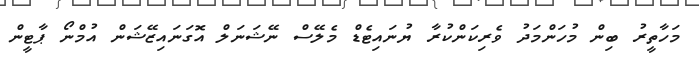
މަހާތީރު ބިން މުހަންމަދު ވެރިކަންކުރާ ޔުނައިޓެޑް މެލޭސް ނޭޝަނަލް އޮގަނައިޒޭޝަން އުމްނޯ ޕާޓީން